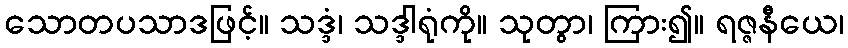
သောတပသာဒဖြင့်။ သဒ္ဒံ၊ သဒ္ဒါရုံကို။ သုတွာ၊ ကြား၍။ ရဇ္ဇနီယေ၊